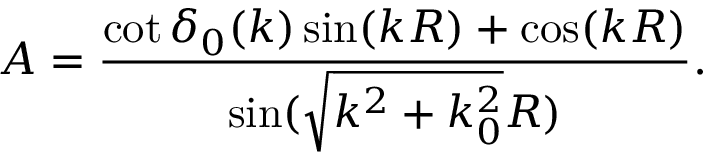
A = \frac { \cot \delta _ { 0 } ( k ) \sin ( k R ) + \cos ( k R ) } { \sin ( \sqrt { k ^ { 2 } + k _ { 0 } ^ { 2 } } R ) } .